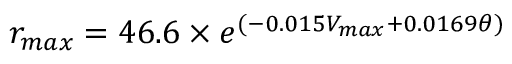
r _ { m a x } = 4 6 . 6 \times e ^ { ( - 0 . 0 1 5 V _ { m a x } + 0 . 0 1 6 9 \theta ) }